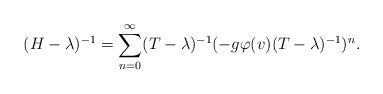
LaTeX: \begin{align*}(H-\lambda)^{-1}=\sum_{n=0}^{\infty} (T-\lambda)^{-1} (-g\varphi(v)(T-\lambda)^{-1})^n.\end{align*}